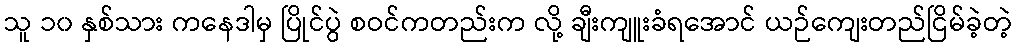
သူ ၁၀ နှစ်သား ကနေဒါမှ ပြိုင်ပွဲ စဝင်ကတည်းက လို့ ချီးကျူးခံရအောင် ယဉ်ကျေးတည်ငြိမ်ခဲ့တဲ့